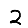
Digit: 2